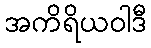
အကိရိယဝါဒီ